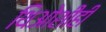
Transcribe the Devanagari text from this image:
थिओशीही